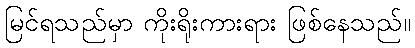
မြင်ရသည်မှာ ကိုးရိုးကားရား ဖြစ်နေသည်။